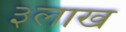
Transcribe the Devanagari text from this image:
३लाख